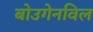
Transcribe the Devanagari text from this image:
बोउगेनविल